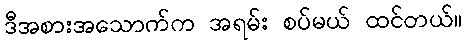
ဒီအစားအသောက်က အရမ်း စပ်မယ် ထင်တယ်။